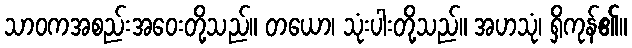
သာဝကအစည်းအဝေးတို့သည်။ တယော၊ သုံးပါးတို့သည်။ အဟသုံ၊ ရှိကုန်၏။